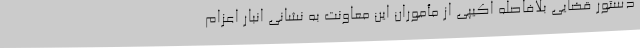
دستور قضایی بلافاصله اکیپی از مأموران این معاونت به نشانی انبار اعزام